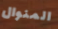
المنوال